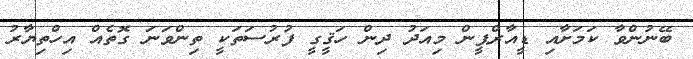
ބޭނުންވާ ކަމަށާއި ޑީއާރްޕީން މިއަދު ދިން ހަޤީގީ ފުރުސަތަކީ ތިންވަނަ ގޮތެއް އިހްތިޔާރު